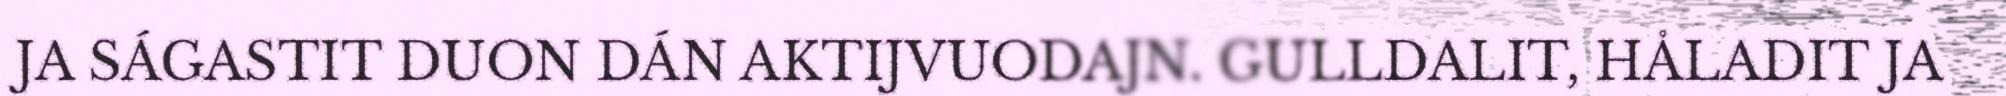
JA SÁGASTIT DUON DÁN AKTIJVUODAJN. GULLDALIT, HÅLADIT JA